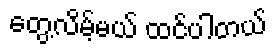
တွေ့လိမ့်မယ် ထင်ပါတယ်